Tezpur Lunatic Asylum reports 1877-1894 - 1877-1894
Year: 1877
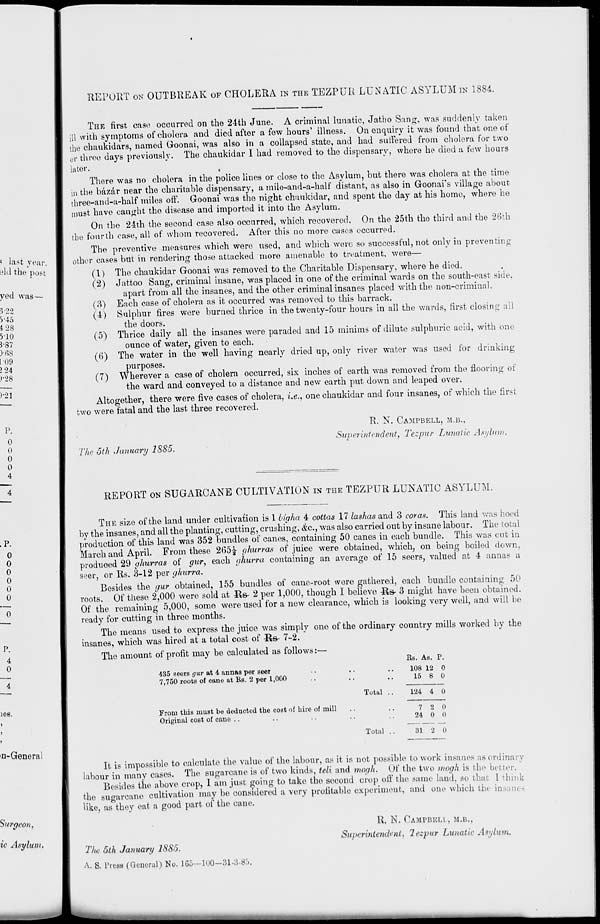
REPORT ON OUTBREAK OF CHOLERA IN THB TEZPUR LUNATIC ASYLUM IN 1884.
THE first case occurred on the 24th June. A criminal lunatic, Jatho Sang, was suddenly taken
ill with symptoms of cholera and died after a few hours' illness. On enquiry it was found that one of
the chaukidars, named Goonai, was also in a collapsed state, and had suffered from cholera for two
or three days previously. The chaukidar I had removed to the dispensary, where he died a few hours
later.
(
There was no cholera in the police lines or close to the Asylum, but there was cholera at the time
in the bazar near the charitable dispensary, a mile-and-a-half distant, as also in Goonai's village about
three-and-a-half miles off. Goonai was the night chaukidar, and spent the day at his home, where he
must have caught tho disease and imported it into the Asylum.
On tho 24th the second case also occurred, which recovered. On the 25th the third and the 26th
the fourth case, all of whom recovered. After this no more cases occurred.
The preventive measures which were used, and which were so successful, not only in preventing
other cases but in rendering those attacked more amenable to treatment, were—
(1) The chaukidar Goonai was removed to the Charitable Dispensary, where he died.
(2) Jattoo Sang, criminal insane, was placed in one of the criminal wards on the south-east side.
apart from all the insanes, and the other criminal insanes placed with the non-criminal.
(3) Each case of cholera as it occurred was removed to this barrack.
(4) Sulphur fires were burned thrice in the twenty-four hours in all the wards, first closing ail
the doors.
(5) Thrice daily all the insanes were paraded and 15 minims of dilute sulphuric acid, with one
ounce of water, given to each.
(6) The water in the well having nearly dried up, only river water was used for drinking
purposes.
(7) Wherever a case of cholera occurred, six inches of earth was removed from the flooring of
the ward and conveyed to a distance and new earth put down and leaped over.
Altogether, there were five cases of cholera, i.e., one chaukidar and four insanes, of which the first
two were fatal and the last three recovered.
The 5th January 1885.
R. N. CAMPBELL, M.B.,
Superintendent, Tezpur Lunatic Asylum.
REPORT ON SUGARCANE CULTIVATION IN THE TEZPUR LUNATIC ASYLUM.
THE size of the land under cultivation is 1 bigha 4 cottas 17 lashas and 3 coras. This land was hoed
by the insanes, and all the planting, cutting, crushing, &c, was also carried out by insane labour. The total
production of this land was 352 bundles of canes, containing 50 canes in each bundle. This was cut in
March and April. From these 265^ ghurras of juice were obtained, which, on being boiled down,
produoed 29 ghurras of gur, each ghurra containing an average of 15 seers, valued at 4 annas a
seer, or Rs. 3-12 per ghurra.
Besides the gur obtained, 155 bundles of cane-root wore gathered, each bundle containing 50
roots. Of these 2,000 were sold at &s- 2 per 1,000, though I believe -R&- 3 might have been obtained.
Of the remaining 5,000, some were used for a new clearance, which is looking very well, and will be
ready for cutting in three months.
The means used to express the juice was simply one of the ordinary country mills worked by the
insanes, which was hired at a total cost of l£s- 7-2.
The amount of profit may be calculated as follows:—
Ea. As. P.
435 seers gur at 4 annas per seer
7,750 roots of cane at BB. 2 per 1,000
From this must bo deducted the cost of hire of mill
Original coBt of cane
Total .
Total
108 12
15 8
0
0
124 4 0
7 2
24 0
31 2
0
0
0
It is impossible to calculate the value of the labour, as it is not possible to work insanes as ordinary
labour in many cases. The sugarcane is of two kinds, teli and mogh. Of the two mogh is the better.
Besides the above crop, 1 am just, going to take the second crop off the same land, so that I think
the sugarcane cultivation may be considered a very profitable experiment, and one which the insanes
like, as they eat a good part of the cane.
The 5th January 1885.
A. S. I'tesB (General) No. 165—100—31.3-85.
R. N. CAMPBBLI , M.B.,
Superintendent, lezpur Lunatic Asylum,